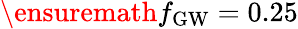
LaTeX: \ensuremath{f_{\mathrm{GW}}}=0.25